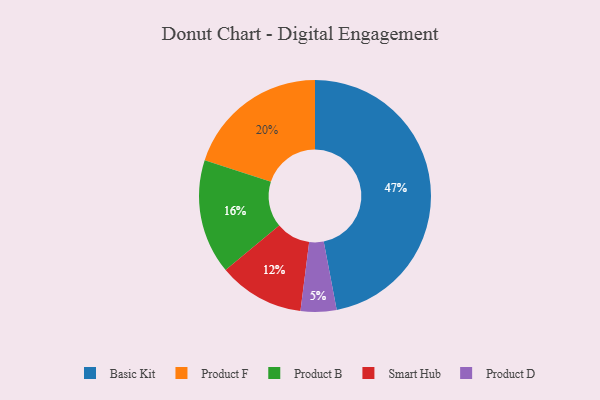
{"axis": {"x": "Category", "y": "Percentage"}, "legend": ["Basic Kit", "Product B", "Product D", "Product F", "Smart Hub"], "data": [{"x": "Smart Hub", "y": 12, "type": "Smart Hub"}, {"x": "Basic Kit", "y": 47, "type": "Basic Kit"}, {"x": "Product F", "y": 20, "type": "Product F"}, {"x": "Product B", "y": 16, "type": "Product B"}, {"x": "Product D", "y": 5, "type": "Product D"}]}